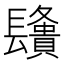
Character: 𨲿